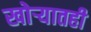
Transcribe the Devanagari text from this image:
खोर्‍यातही